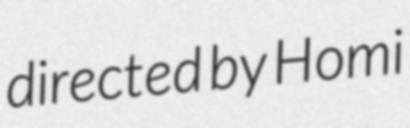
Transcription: directed by Homi